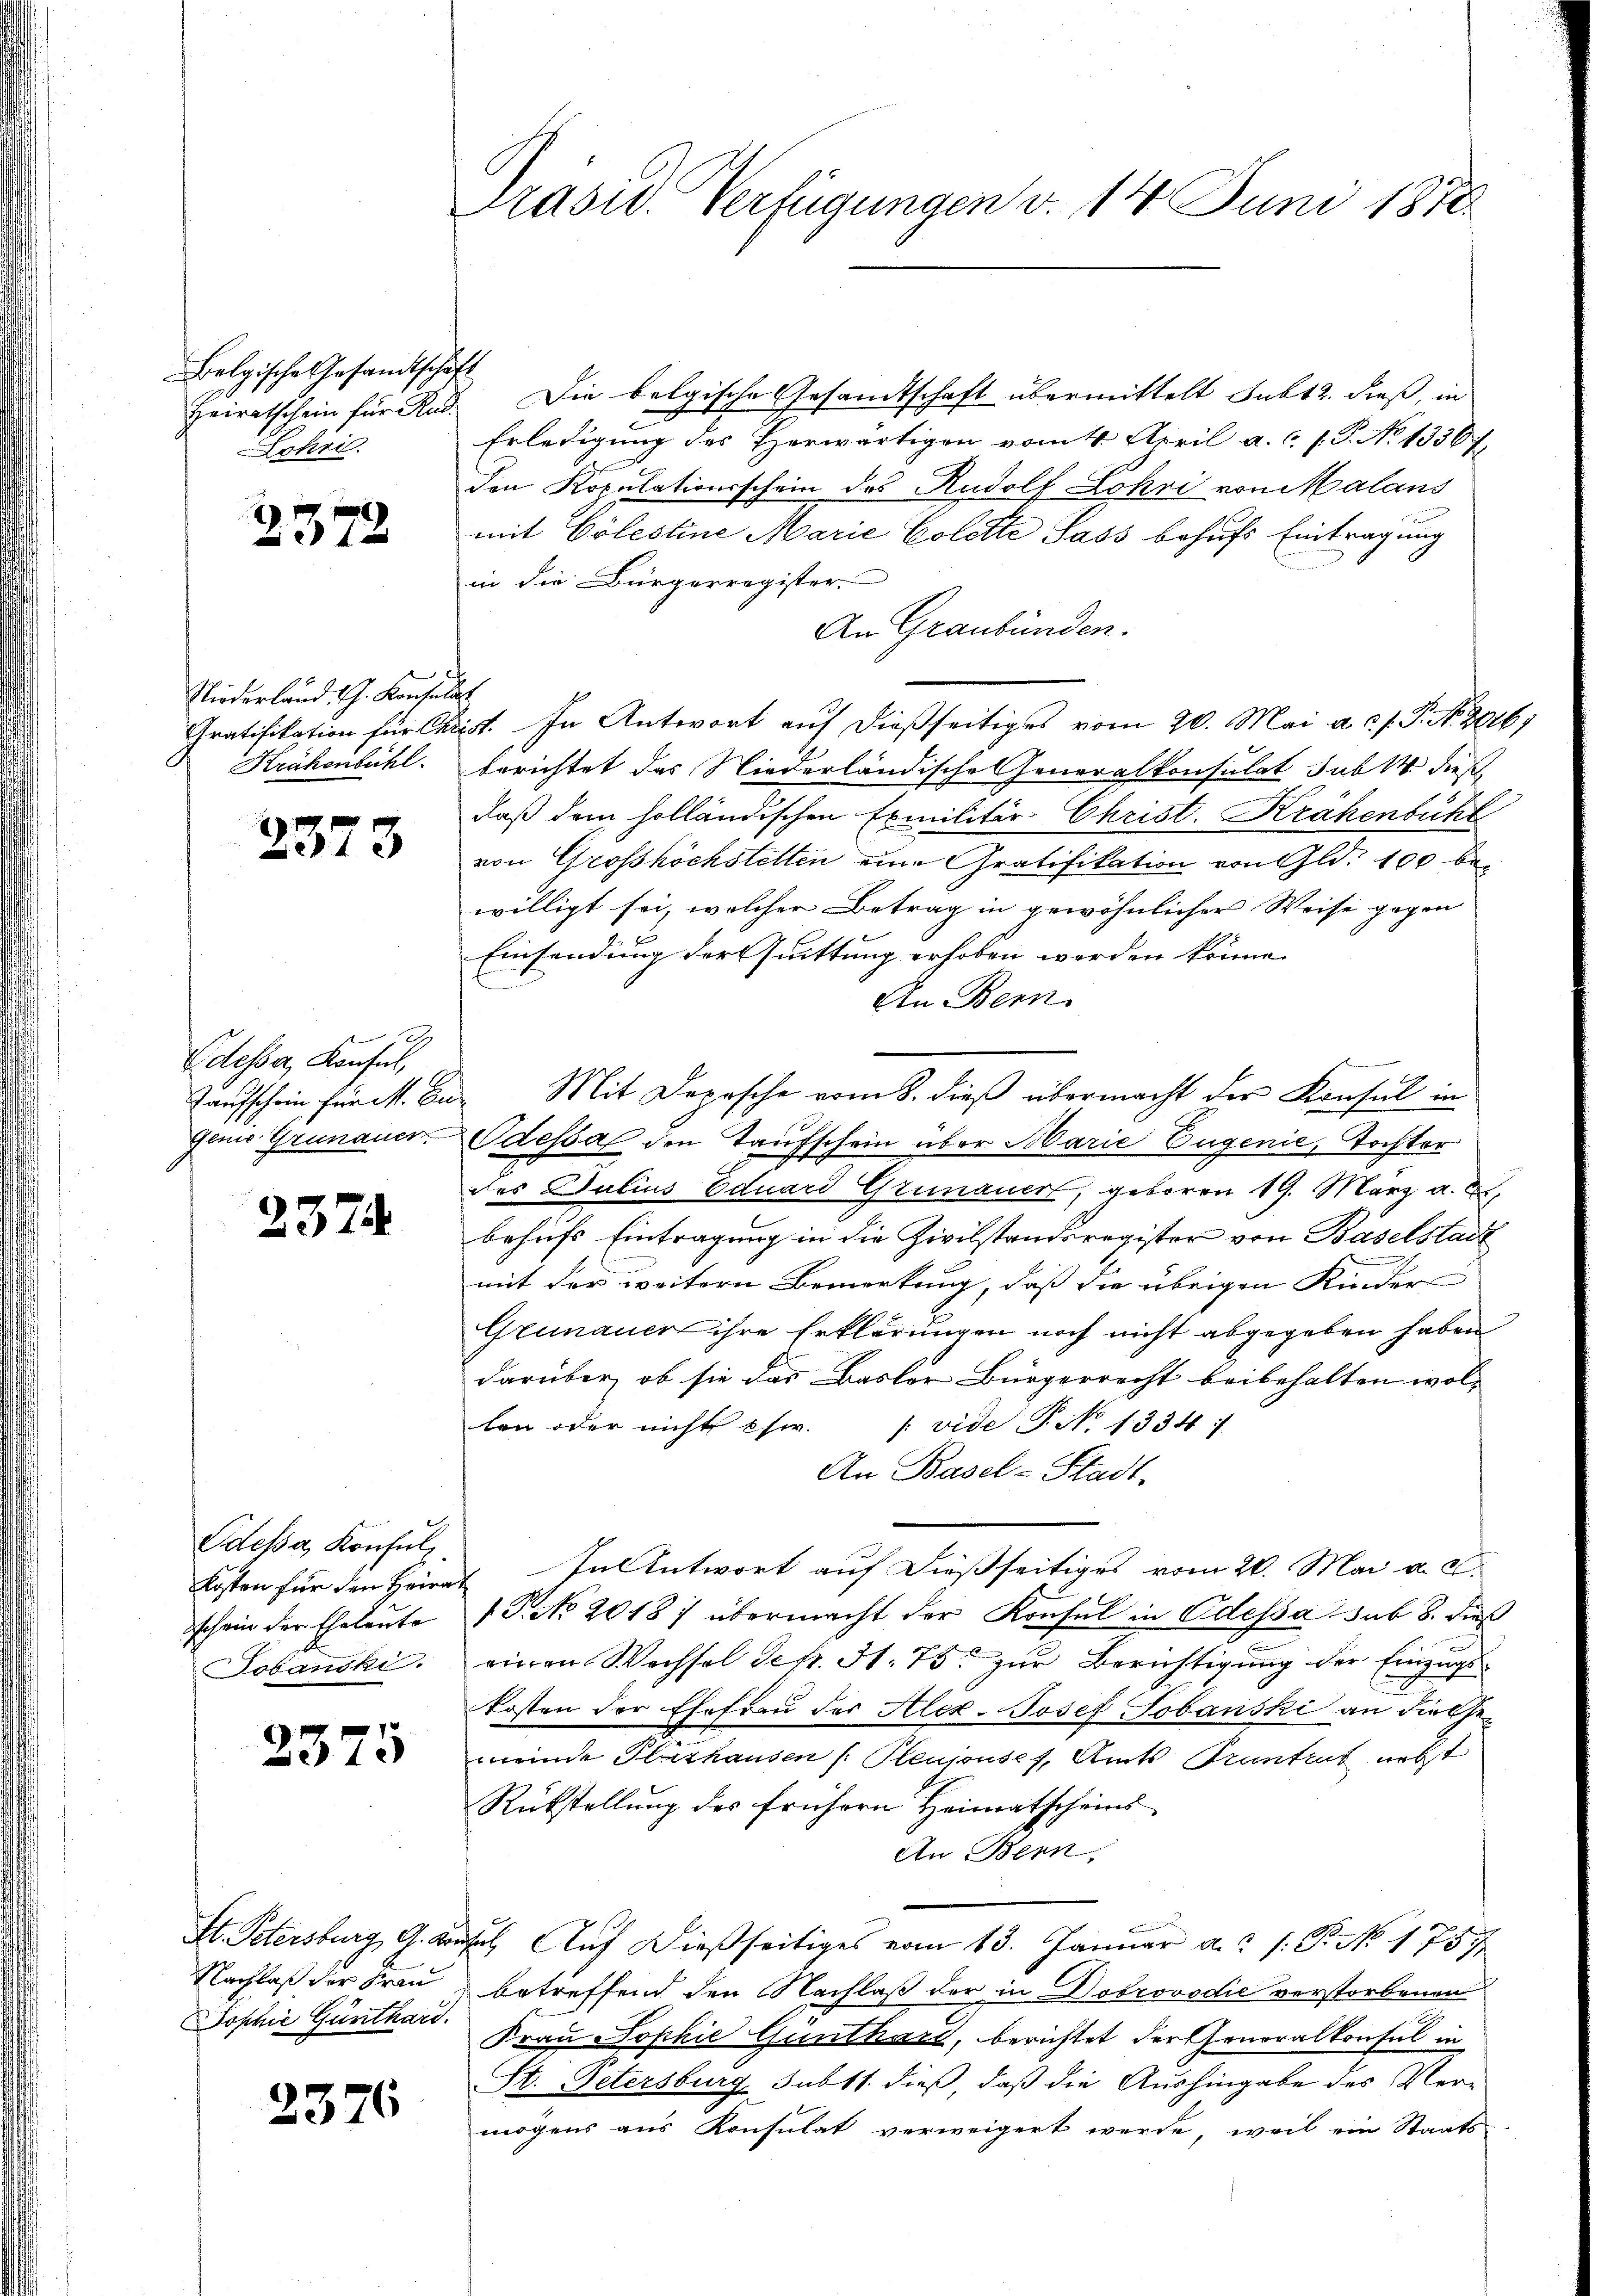
Belgische Gesandtschaft
Heiratschein für Rud.
Lokri.

7
572

Niederland. J. Konsula
Gratifikation für Ch.
Krähenbühl.

2373

Edesser Konsul,
Taufschein für M. Eu¬
Genie Grünauer

2374

Odessa, Konsul,
kosten für den Heirat
schein der Eheleute
Jobanski

2375

St. Petersburg, G. Kauf
Nachlaß der Frau
Sophie Günthard.

2376

Präsid. Verfügungen v. 14 Juni 1870

t

Die belgische Gesandtschaft übermittelt subt 2. dieß, in
Erledigung des Herwärtigen vom 4. April a. c. (T. No 13567
den Kopulationsschein des Rudolf Lohri von Malans
mit Cölestine Marie Colette Sass behufs Eintragung
in die Bürgerregister
An Graubünden.
v. In Antwort auf dießseitiges vom 20. Mai a. c. J. P. Nr. 2016
berichtet das Niederländische Generalkonsulat sub 14 dies
laß dem holländischen Exmilitär-Christ. Krähenbühl
von Grosshöchstetten eine Gratifikation von Gld. 100 bewilligt sei, welcher Betrag in gewöhnlicher Weise gegen
Einsendung der Quittung erhoben werden könne.
An Bern

Odessa den Taufschein über Marie Eugenie, Tochter
f
des Julius Eduard Grenauert, geboren 19. März a. E
behufs Eintragung in die Zivilstandsregister von Baselstadt
mit der weitern Bemerkung, daß die übrigen Kinder
Grünauer ihre Erklärungen noch nicht abgegeben haben
darüber, ob sie das Basler Bürgerrecht beibehalten wollen oder nicht chw. (vide P. No 1334:
An Basel-Stadt.
In Antwort auf dießseitiges vom 20. Mai a. c.
.P. No 2018; übermacht der Konsul in Odessa sub 8. dieß
vinen Wechsel defr. 51. 75. zur Berichtigung der Einzugskosten der Ehefrau der Alex-Josef Sobanski an diese
meinde Flathausen ( Pleniousch, Amts Pruntrut nebst
Rükstellung des frühern Heimatscheins
An Bern,
. Auf dießseitiges vom 13. Januar a. /: P. No. 1757
betreffend den Nachlaß der in Dobrovodić verstorbenen
Frau Sophie Günthard, berichtet der Generalkonsul in
H. Petersburg subst dieß, daß die Aushingabe des Vermögens aus Konsulat verweigert werde, weil ein Staats-

Mit Depesche vom 8. dieß übermacht der Konsul in